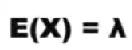
$\(E(X)=\lambda\)$